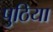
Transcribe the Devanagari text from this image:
पुठिया